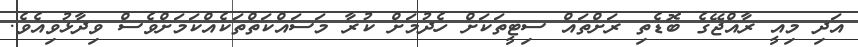
އަދި މިއީ ރާއްޖޭގެ ބޮޑެތި ރަށްތައް ސިޓީތަކަށް ހެދުމަށް ކުރާ މަަސައްކަތްތަކެއްކަމަށްވެސް ވިދާޅުވިއެވެ.